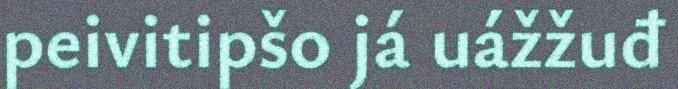
peivitipšo já uážžuđ